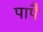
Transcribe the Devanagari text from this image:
पापै